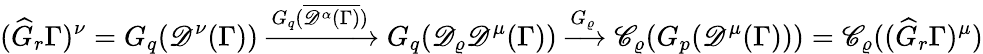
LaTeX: (\widehat{G}_{r}\Gamma)^{\nu}=G_{q}(\mathscr{D}^{\nu}(\Gamma))\xrightarrow{G_{q}(\overline{{\mathscr{D}^{\alpha}(\Gamma)}})}G_{q}(\mathscr{D}_{\varrho}\mathscr{D}^{\mu}(\Gamma))\xrightarrow{G_{\varrho}}\mathscr{C}_{\varrho}(G_{p}(\mathscr{D}^{\mu}(\Gamma)))=\mathscr{C}_{\varrho}((\widehat{G}_{r}\Gamma)^{\mu})